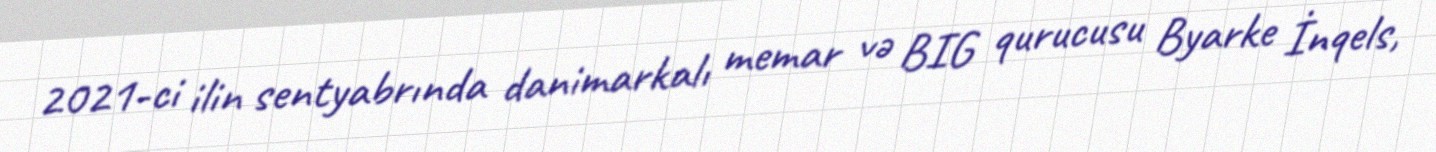
2021-ci ilin sentyabrında danimarkalı memar və BIG qurucusu Byarke İnqels,